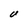
Character: U